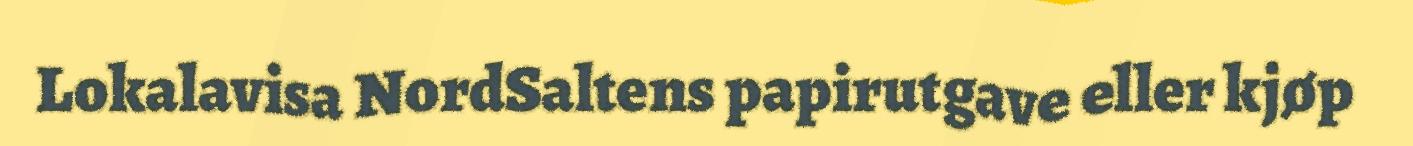
Lokalavisa NordSaltens papirutgave eller kjøp